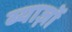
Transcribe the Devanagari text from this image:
ब्याज़ों